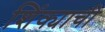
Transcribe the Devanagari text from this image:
शिंक्याची